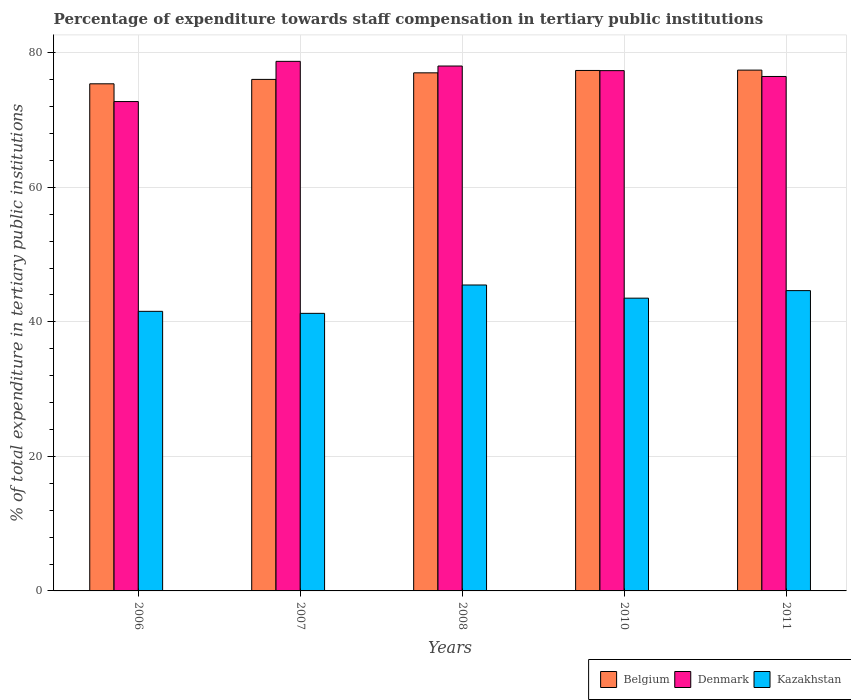
| Years | Belgium | Denmark | Kazakhstan |
 | --- | --- | --- | --- |
 | 2006 | 75.4 | 72.8 | 41.6 |
 | 2007 | 76 | 78.7 | 41.3 |
 | 2008 | 77 | 78 | 45.5 |
 | 2010 | 77.4 | 77.4 | 43.5 |
 | 2011 | 77.4 | 76.5 | 44.6 |